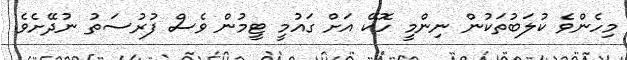
މިހެންވެ ކުލަބުތަކުން ނިންމީ ހޮކޭ އަށް ގައުމީ ޓީމުން ވެސް ފުރުސަތު ނުދޭށެވެ.